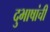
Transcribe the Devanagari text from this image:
दुभाषांची